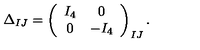
\Delta _ { I J } = \left( \begin{array} { c c } { I _ { 4 } } & { 0 } \\ { 0 } & { - I _ { 4 } } \\ \end{array} \right) _ { I J } .